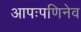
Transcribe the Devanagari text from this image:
आपःपणिनेव